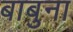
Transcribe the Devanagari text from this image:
बाबुना